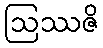
ဩဿဇိ